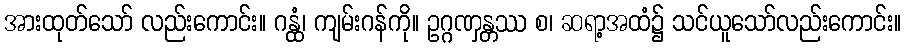
အားထုတ်သော် လည်းကောင်း။ ဂန္ထံ၊ ကျမ်းဂန်ကို။ ဥဂ္ဂဏှန္တဿ စ၊ ဆရာ့အထံ၌ သင်ယူသော်လည်းကောင်း။